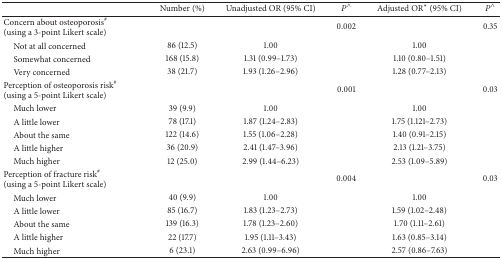
<table><thead><tr><td><b> </b></td><td><b>Number (%)</b></td><td><b>Unadjusted OR (95% CI)</b></td><td><b><i>P</i><sup>∧</sup></b></td><td><b>Adjusted OR∗ (95% CI)</b></td><td><b><i>P</i><sup>∧</sup></b></td></tr></thead><tbody><tr><td>Concern about osteoporosis<sup>#</sup>(using a 3-point Likert scale)</td><td> </td><td> </td><td>0.002</td><td> </td><td>0.35</td></tr><tr><td> Not at all concerned</td><td>86 (12.5)</td><td>1.00</td><td> </td><td>1.00</td><td> </td></tr><tr><td> Somewhat concerned</td><td>168 (15.8)</td><td>1.31 (0.99–1.73)</td><td> </td><td>1.10 (0.80–1.51)</td><td> </td></tr><tr><td> Very concerned</td><td>38 (21.7)</td><td>1.93 (1.26–2.96)</td><td> </td><td>1.28 (0.77–2.13)</td><td> </td></tr><tr><td>Perception of osteoporosis risk<sup>#</sup> (using a 5-point Likert scale)</td><td> </td><td> </td><td>0.001</td><td> </td><td>0.03</td></tr><tr><td> Much lower</td><td>39 (9.9)</td><td>1.00</td><td> </td><td>1.00</td><td> </td></tr><tr><td> A little lower</td><td>78 (17.1)</td><td>1.87 (1.24–2.83)</td><td> </td><td>1.75 (1.121–2.73)</td><td> </td></tr><tr><td> About the same</td><td>122 (14.6)</td><td>1.55 (1.06–2.28)</td><td> </td><td>1.40 (0.91–2.15)</td><td> </td></tr><tr><td> A little higher</td><td>36 (20.9)</td><td>2.41 (1.47–3.96)</td><td> </td><td>2.13 (1.21–3.75)</td><td> </td></tr><tr><td> Much higher</td><td>12 (25.0)</td><td>2.99 (1.44–6.23)</td><td> </td><td>2.53 (1.09–5.89)</td><td> </td></tr><tr><td>Perception of fracture risk<sup>#</sup> (using a 5-point Likert scale)</td><td> </td><td> </td><td>0.004</td><td> </td><td>0.03</td></tr><tr><td> Much lower</td><td>40 (9.9)</td><td>1.00</td><td> </td><td>1.00</td><td> </td></tr><tr><td> A little lower</td><td>85 (16.7)</td><td>1.83 (1.23–2.73)</td><td> </td><td>1.59 (1.02–2.48)</td><td> </td></tr><tr><td> About the same</td><td>139 (16.3)</td><td>1.78 (1.23–2.60)</td><td> </td><td>1.70 (1.11–2.61)</td><td> </td></tr><tr><td> A little higher</td><td>22 (17.7)</td><td>1.95 (1.11–3.43)</td><td> </td><td>1.63 (0.85–3.14)</td><td> </td></tr><tr><td> Much higher</td><td>6 (23.1)</td><td>2.63 (0.99–6.96)</td><td> </td><td>2.57 (0.86–7.63)</td><td> </td></tr></tbody></table>